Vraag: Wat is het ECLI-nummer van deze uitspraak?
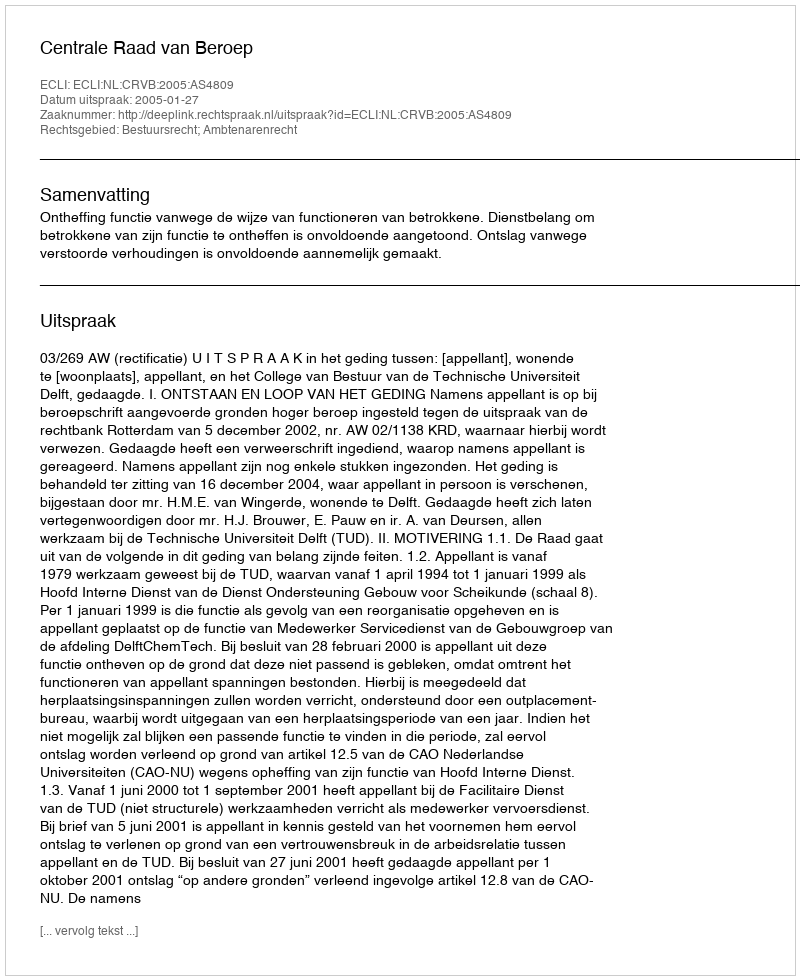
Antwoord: ECLI:NL:CRVB:2005:AS4809